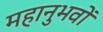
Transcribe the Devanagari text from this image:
महानुभवों